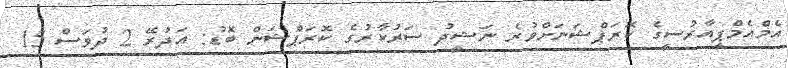
އެމްއެމްޕީއާރުސީގެ ކޮރަޕްޝަނަށްވުރެ ނަޝީދު ސަރުކާރުގެ ކޮރަޕްޝަން ބޮޑު: އަދުރޭ 2 ދުވަސް 15